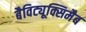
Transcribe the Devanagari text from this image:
बैविट्यूक्सिमैब